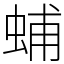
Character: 蜅